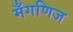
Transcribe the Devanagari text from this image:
मँगणिज